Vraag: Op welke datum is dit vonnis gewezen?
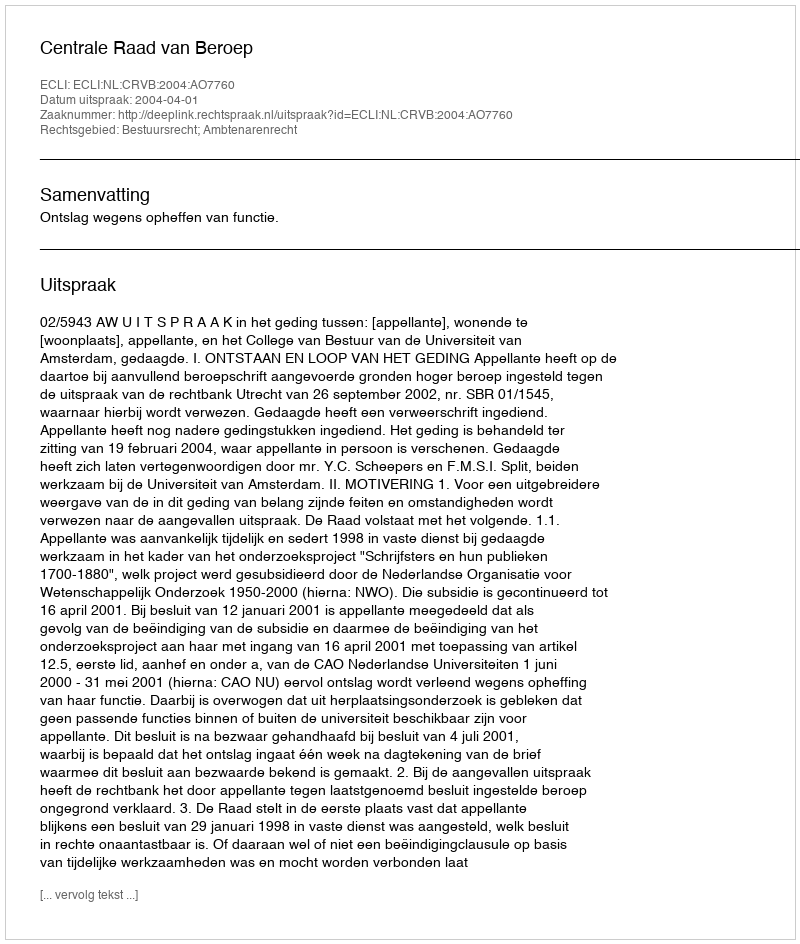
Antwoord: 2004-04-01